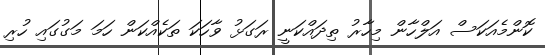
ކޮންމެއަކަސް އަލްހާން މިހާރު ތިދައްކަނީ ރަގަޅު ވާހަކަ ތަކެއްކަން ހަމަ މަގުގައި ހުރި